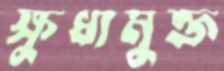
ক্ষুধামুক্ত